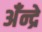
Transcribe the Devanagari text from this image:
अँन्द्रे